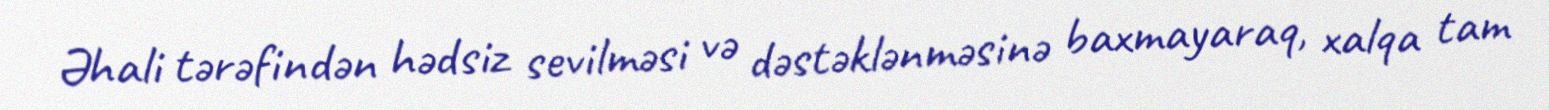
Əhali tərəfindən hədsiz sevilməsi və dəstəklənməsinə baxmayaraq, xalqa tam